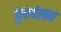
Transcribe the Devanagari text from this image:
पुनर्चलन